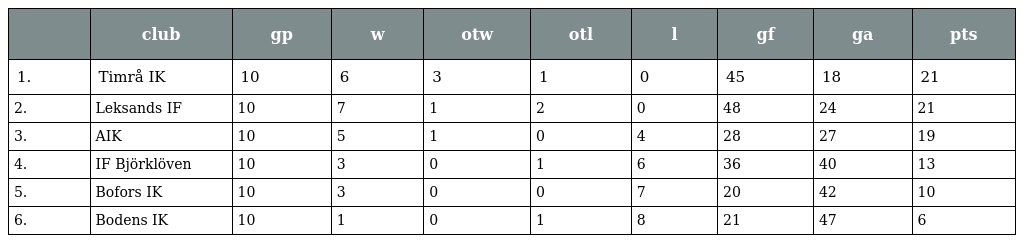
|  | club | gp | w | otw | otl | l | gf | ga | pts |
 | --- | --- | --- | --- | --- | --- | --- | --- | --- | --- |
 | 1. | Timrå IK | 10 | 6 | 3 | 1 | 0 | 45 | 18 | 21 |
 | 2. | Leksands IF | 10 | 7 | 1 | 2 | 0 | 48 | 24 | 21 |
 | 3. | AIK | 10 | 5 | 1 | 0 | 4 | 28 | 27 | 19 |
 | 4. | IF Björklöven | 10 | 3 | 0 | 1 | 6 | 36 | 40 | 13 |
 | 5. | Bofors IK | 10 | 3 | 0 | 0 | 7 | 20 | 42 | 10 |
 | 6. | Bodens IK | 10 | 1 | 0 | 1 | 8 | 21 | 47 | 6 |